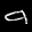
Label: 9